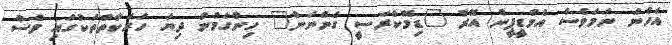
އެހެން ނަމަވެސް އެމްޑީޕީން އޭރު "ޑިމޮކްރަސީ ގެންނަން" ހިންގަމުން ދިޔަ ހަރަކާތްތަކުގައި ވެސް